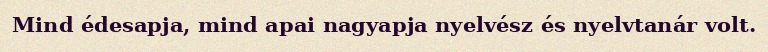
Mind édesapja, mind apai nagyapja nyelvész és nyelvtanár volt.